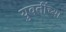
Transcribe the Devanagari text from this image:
युवतींच्या